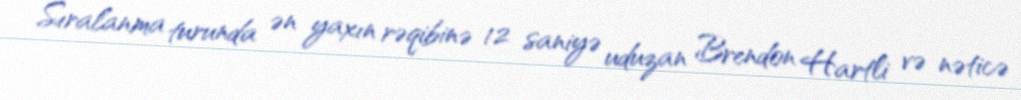
Sıralanma turunda ən yaxın rəqibinə 12 saniyə uduzan Brendon Hartli və nəticə